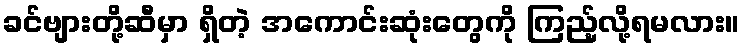
ခင်ဗျားတို့ဆီမှာ ရှိတဲ့ အကောင်းဆုံးတွေကို ကြည့်လို့ရမလား။